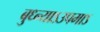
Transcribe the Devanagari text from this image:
बुध्न्याऽउपमाऽ